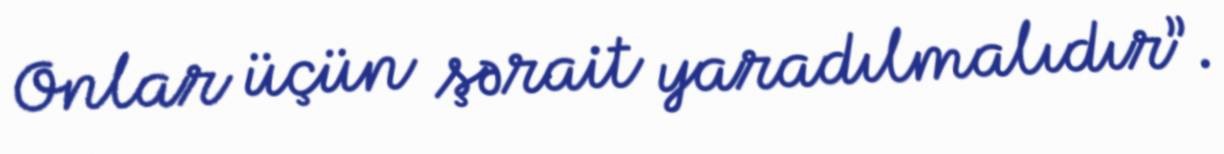
Onlar üçün şərait yaradılmalıdır”.